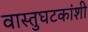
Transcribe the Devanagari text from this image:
वास्तुघटकांशी